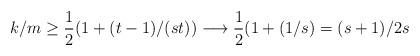
LaTeX: \begin{align*}k/m\geq \frac{1}{2}(1+(t-1)/(st))\longrightarrow \frac{1}{2}(1+(1/s)=(s+1)/2s\end{align*}